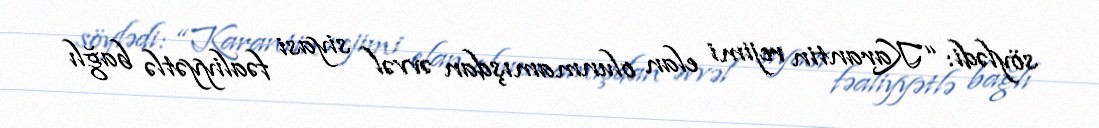
söylədi: “Karantin rejimi elan olunmamışdan əvvəl siyasi fəaliyyətlə bağlı